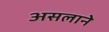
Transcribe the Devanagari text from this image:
असलाने